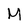
Character: M